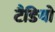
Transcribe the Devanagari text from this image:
टैडियो